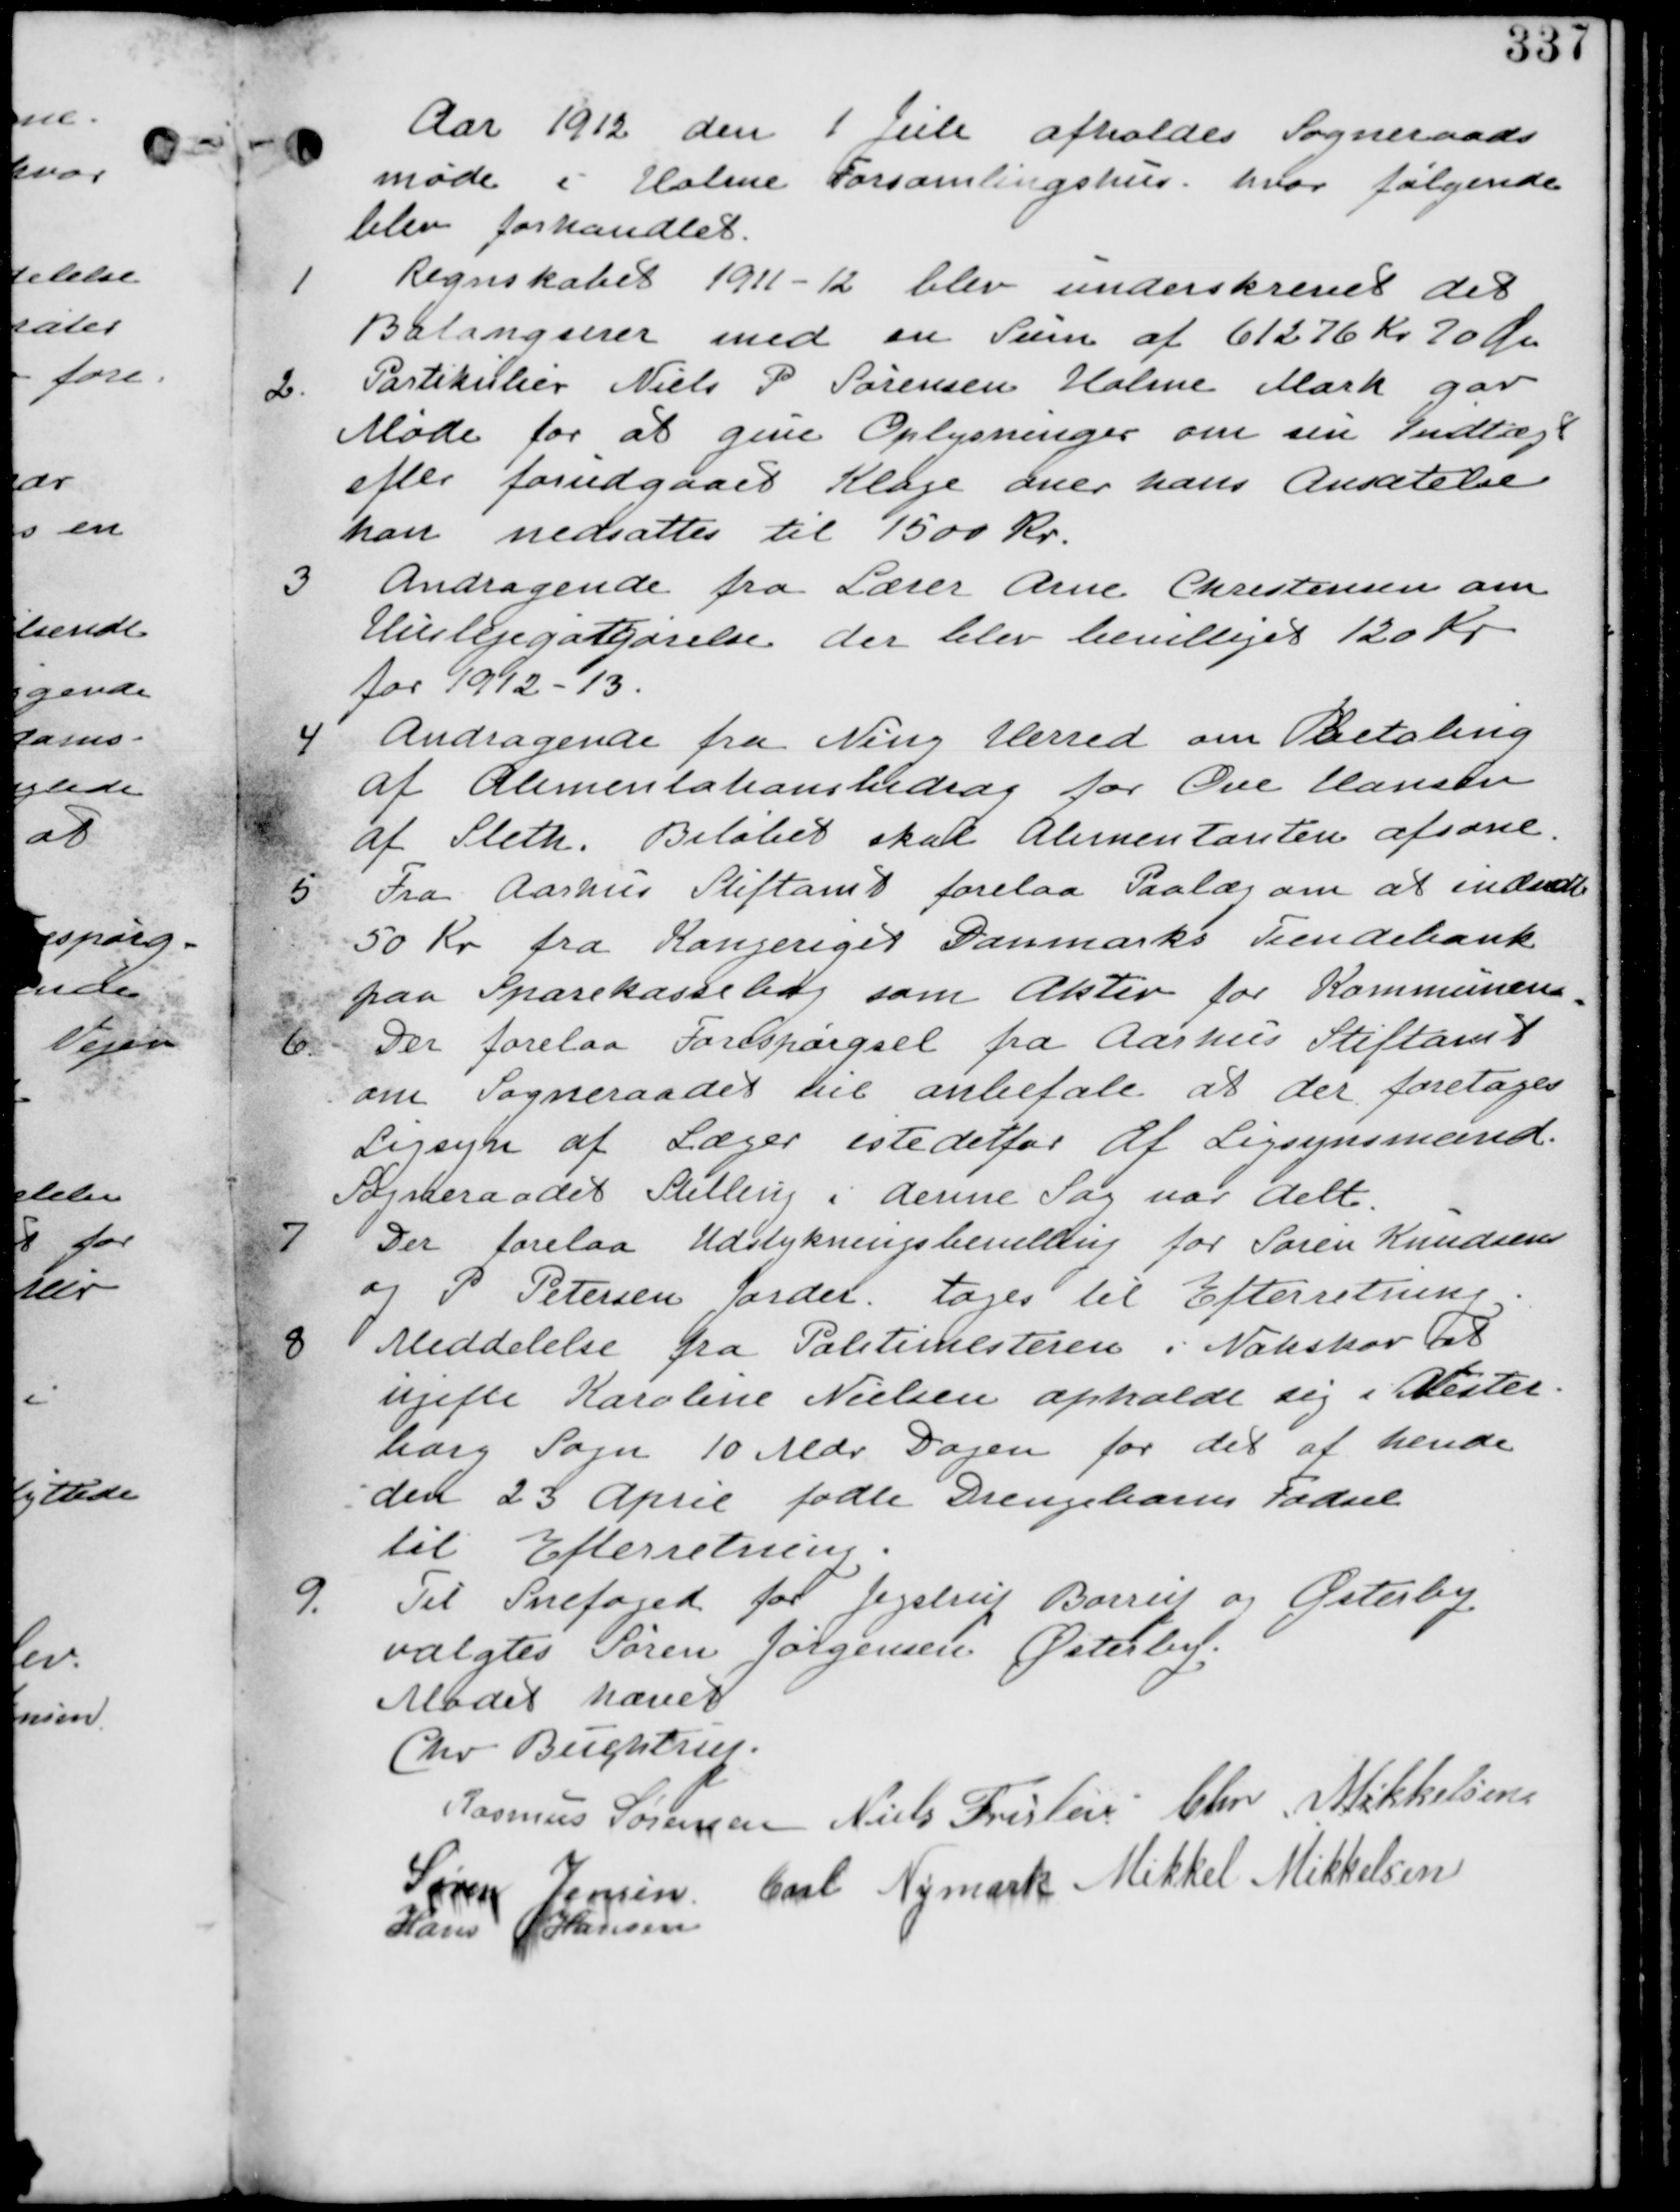
Transskription:
Aar 1912 den 1 Juli afholdes Sogneraads-
møde i Holme Forsamlingshus hvor følgende
blev forhandlet.

1. Regnskabet 1911-12 blev underskrevet det
Balangerer med en Sum af 61276 Kr 70 Øre.

2. Patikulier Niels P Sørensen Holme Mark gav
Møde for at give Oplysninger om sin Indtægt
efter forudgaaet Klage over hans Ansættelse
han nedsattes til 1500 Kr.

3. Andragende fra Lærer Arne Christensen om
Huslejegodtgørelse der blev bevilliget 120 Kr
for 1912-13.

4. Andragende fra Ning Herred om Betaling
af Alementationsbidrag for Ove Hansen
af Sleth. Beløbet skal Alementanten afsone.

Fra Aarhus Stiftamt forelaa Paalæg om at indbetale
50 Kr fra Kongeriget Danmarks Tiendebank
paa Sparekassebog som Aktiv for Kommunen.

6. Der forelaa Forespørgsel fra Aarhus Stiftamt
om Sogneraadet vil anbefale at der foretages
Ligsyn af Læger istedetfor af Ligsynsmand
Sogneraadet Stilling i denne Sag var delt.

7. Der forelaa Udstykningsbevilling for Søren Knudsen
og P Petersen Jorder. tages til Efterretning.

8. Meddelelse fra Politimesteren i Nakskov at
ugifte Karoline Nielsen opholder sig i Vester-
borg Sogn 10 Mdr Dagen for det af hende
den 23 April fødte Drengebarns Fødsel
til Efterretning.

9. Til Snefoged for Jegstrup Barrit og Østerby
valgtes Søren Jørgensen Østerby

Mødet hævet
Chr Buchtrup
Rasmus Sørensen Niels Frislev Chr Mikkelsen
Søren Jensen Carl Nymark Mikkel Mikkelsen
Hans Hansen